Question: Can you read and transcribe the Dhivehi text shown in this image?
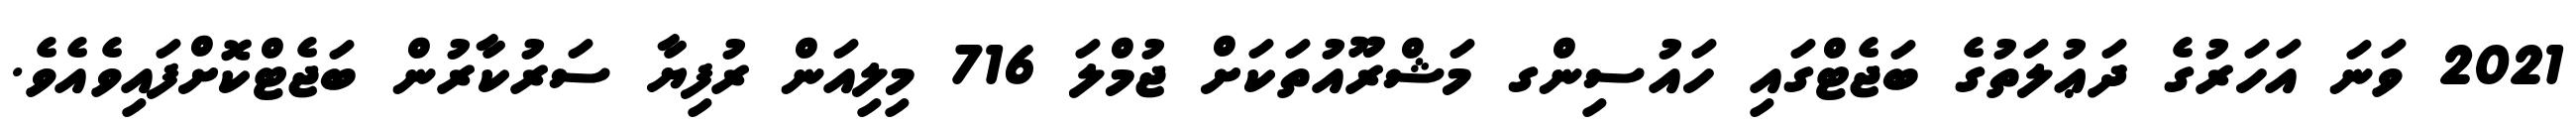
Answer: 2021 ވަނަ އަހަރުގެ ދަޢުލަތުގެ ބަޖެޓްގައި ހައުސިންގ މަޝްރޫއުތަކަށް ޖުމްލަ 716 މިލިއަން ރުފިޔާ ސަރުކާރުން ބަޖެޓްކޮށްފައިވެއެވެ.